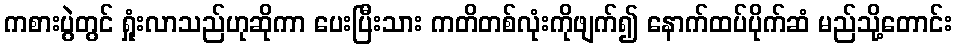
ကစားပွဲတွင် ရှုံးလာသည်ဟုဆိုကာ ပေးပြီးသား ကတိတစ်လုံးကိုဖျက်၍ နောက်ထပ်ပိုက်ဆံ မည်သို့တောင်း